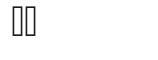
١٢